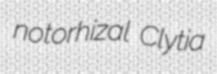
notorhizal Clytia